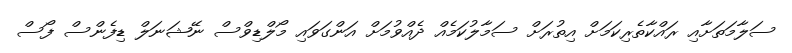
ސަލާމަތަށާއި ރައްކާތެރިކަމަށް އިތުރަށް ސަމާލުކަމެއް ދެއްވުމަށް އަންގަވައި މޯލްޑިވްސް ނޭޝަނަލް ޑިފެންސް ފޯސް